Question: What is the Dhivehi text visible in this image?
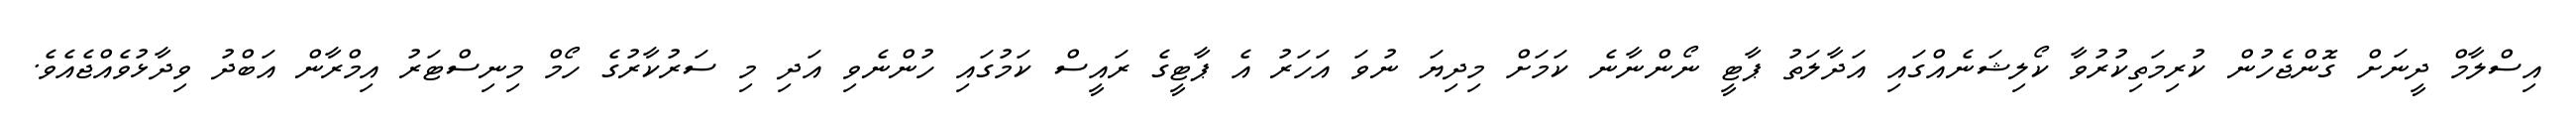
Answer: އިސްލާމް ދީނަށް ގޮންޖެހުން ކުރިމަތިކުރުވާ ކޯލިޝަނެއްގައި އަދާލަތު ޕާޓީ ނޯންނާނެ ކަމަށް މިދިޔަ ނުވަ އަހަރު އެ ޕާޓީގެ ރައީސް ކަމުގައި ހުންނެވި އަދި މި ސަރުކާރުގެ ހޯމް މިނިސްޓަރު އިމްރާން އަބްދު ވިދާޅުވެއްޖެއެވެ.